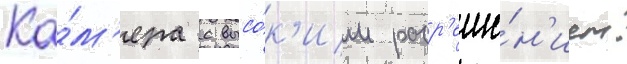
Ка́м'ера с высо́к'им разр'еше́н'ием